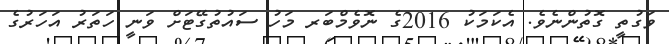
ވަގުތީ ގޮތުންނެވެ. އެކަމަކު 2016ގެ ނޮވެމްބަރ މަހު ސައުތުގޭޓަށް ވަނީ ހަތަރު އަހަރުގެ